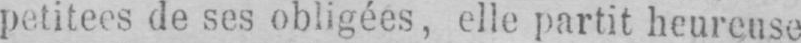
petitees de ses obligées, elle partit heureuse